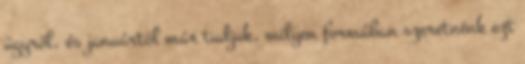
ügyről, és januártól már tudjuk, milyen formában szeretnénk ezt